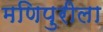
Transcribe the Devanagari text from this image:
मणिपुरीला